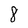
Character: 8